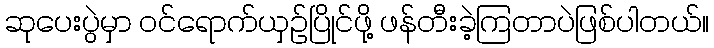
ဆုပေးပွဲမှာ ဝင်ရောက်ယှဉ်ပြိုင်ဖို့ ဖန်တီးခဲ့ကြတာပဲဖြစ်ပါတယ်။